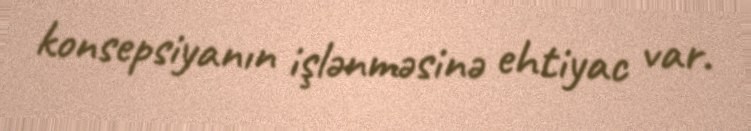
konsepsiyanın işlənməsinə ehtiyac var.